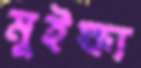
মুইক্ষ্য